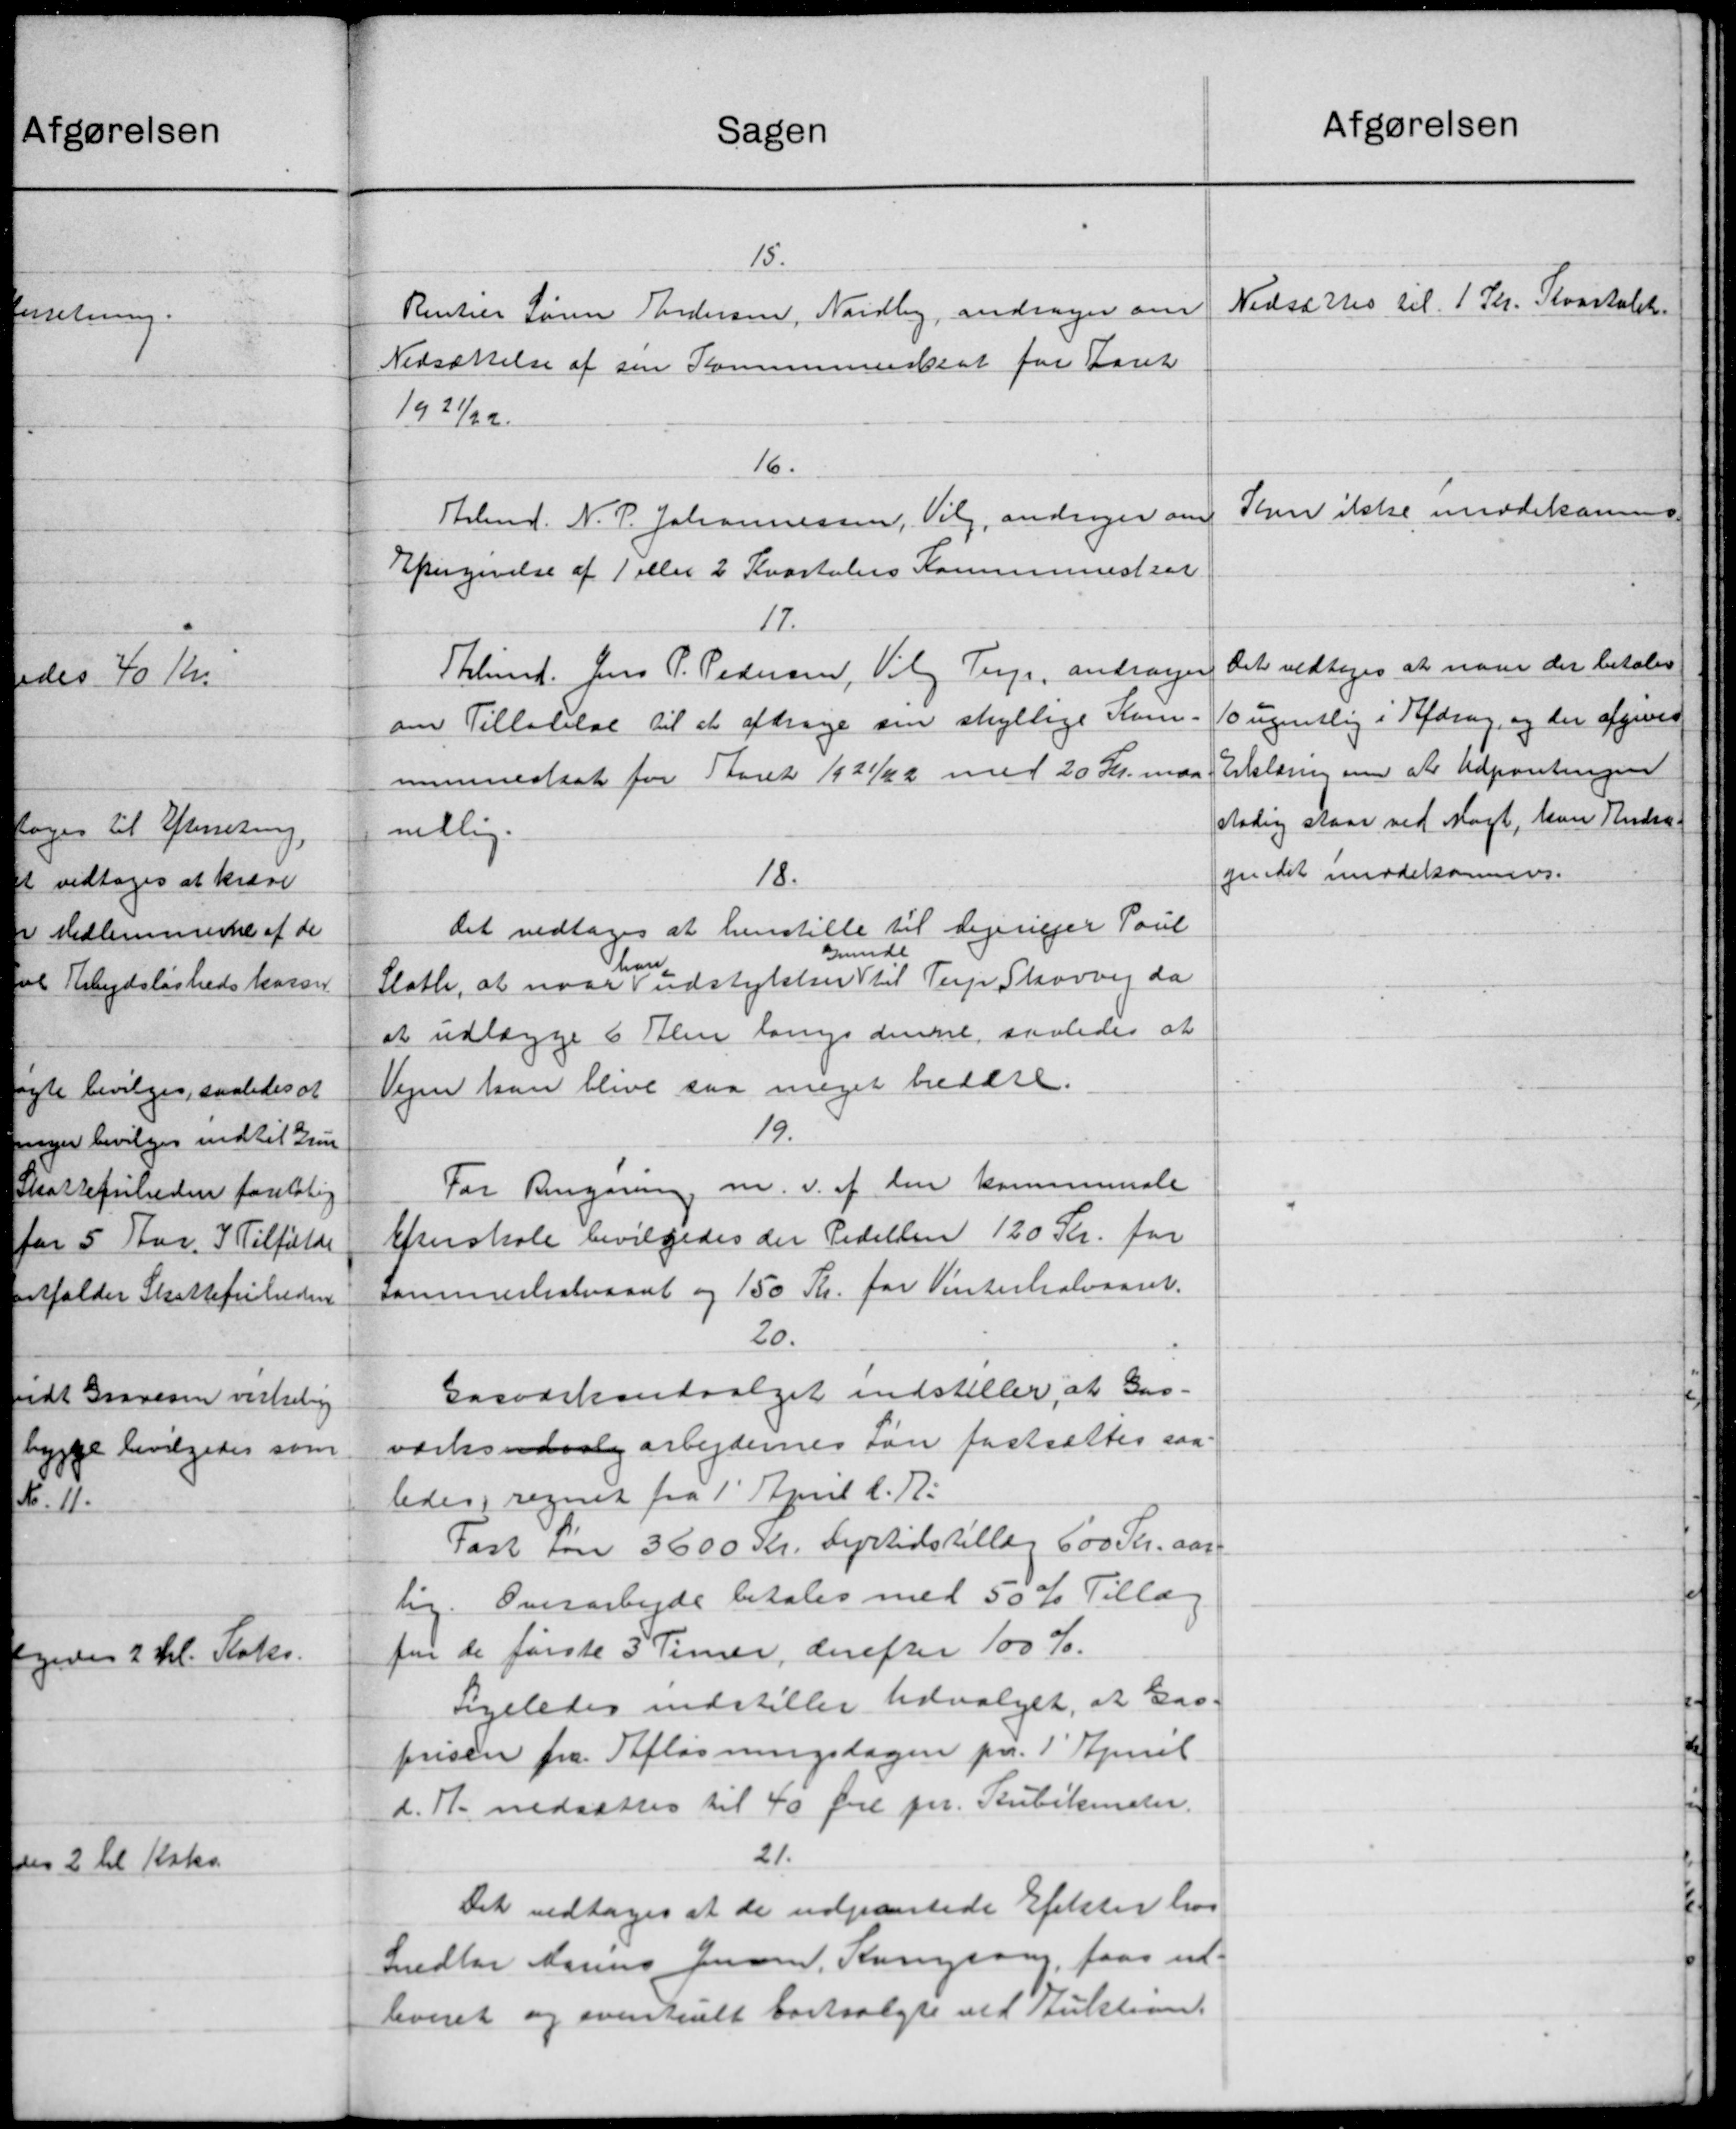
Transskription:
Sagen
15.
Rentier Søren Andersen, Nordby, andrager om
Nedsættelse af sin Kommuneskat for Aaret
1921/22.
16.
Arbmd. N. P. Johannessen, Vilg, andrager om
Eftergivelse af 1 eller 2 Kvartalers Kommuneskat
17.
Thlund. Jens P. Pedersen, Valg Terp, andrager
om Tilladelse til at afdrage sin skellige Kom-
munnedsat for Aaret 1921/22 med 20 Kr. maa
villig.
18.
Det vedtoges at henstille til Regjeriejer Poul
Grunde
han
Slotte, at naar udstykker til Terp Skovvej da
at udlægge 6 Alen langs denne, saaledes at
Vejen kan blive saa meget bredere.
19.
For Rengøring m.v. af den kommunale
Efterskole bevilgedes der Pedellen 120 Kr. for
sammerlisteraadet og 150 Kr. for Vinterhalvaaret.
20.
Gasodskoudvalget indstiller, at Gaa-
værksudvalg arbejdernes Løn fastsættes saa-
ledes regnet fra 1' April d. A.
Fast før 3600 Kr. Dyrtidstillæg 600 Kr. aar-
lig. Overarbejde betales med 50% Tillæg.
for de første 3 Timer, derefter 100 %.
Ligeledes indstiller Udvalget, at Gas-
prisen fra Afløsningsdagen pr. 1' April
d. A. nedsættes til 40 Øre pr. Rubikmder.
21.
Det vedtoges at de udpantede Eftester hos
Medler Marius Jensen, Kongsom, faa ud-
leveret og eventuelt forvalgte ved Auktion.